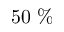
5 0 \; \%